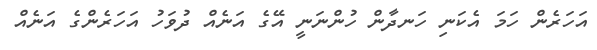
އަހަރެން ހަމަ އެކަނި ހަނދާން ހުންނަނީ އޭގެ އަނެއް ދުވަހު އަހަރެންގެ އަނެއް